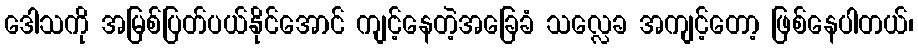
ဒေါသကို အမြစ်ပြတ်ပယ်နိုင်အောင် ကျင့်နေတဲ့အခြေခံ သလ္လေခ အကျင့်တော့ ဖြစ်နေပါတယ်၊